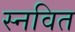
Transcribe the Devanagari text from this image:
स्नवित